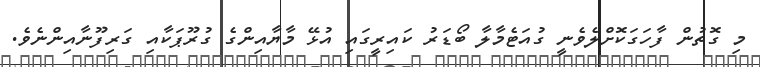
މި ގޮތުން ފާހަގަކޮށްލެވެނީ ގުއަޓެމާލާ ބޯޑަރު ކައިރީގައި އުޅޭ މާޔާއިންގެ ގުރޫޕަކާއި ގަރިފޫނާއިންނެވެ.